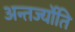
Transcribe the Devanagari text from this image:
अन्तर्ज्योति